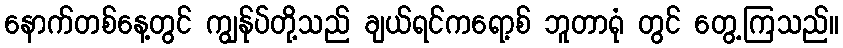
နောက်တစ်နေ့တွင် ကျွန်ုပ်တို့သည် ချယ်ရင်ကရော့စ် ဘူတာရုံ တွင် တွေ့ကြသည်။